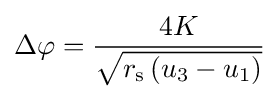
\Delta \varphi ={\frac {4K}{\sqrt {r_{\text{s}}\left(u_{3}-u_{1}\right)}}}